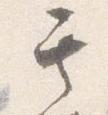
其